Annual report of the Punjab Veterinary College and of the Civil Veterinary Department, Punjab - 1920-1925
Year: 1920
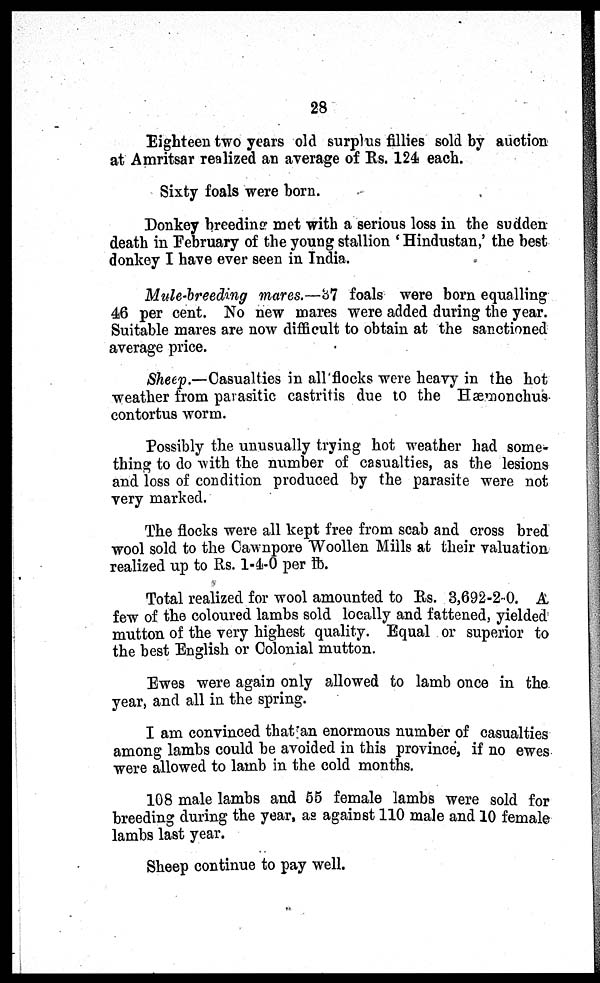
28
Eighteen two years old surplus fillies sold by auction
at Amritsar realized an average of Rs. 124 each.
Sixty foals were born.
Donkey breeding met with a serious loss in the sudden
death in February of the young stallion 'Hindustan,' the best
donkey I have ever seen in India.
Mule-breeding mares.—37 foals were born equalling
46 per cent. No new mares were added during the year.
Suitable mares are now difficult to obtain at the sanctioned
average price.
Sheep.—Casualties in all flocks were heavy in the hot
weather from parasitic castritis due to the Hæmonchus
contortus worm.
Possibly the unusually trying hot weather had some-
thing to do with the number of casualties, as the lesions
and loss of condition produced by the parasite were not
very marked.
The flocks were all kept free from scab and cross bred
wool sold to the Cawnpore Woollen Mills at their valuation
realized up to Rs. 1-4-0 per lb.
Total realized for wool amounted to Rs. 3,692-2 0. A
few of the coloured lambs sold locally and fattened, yielded
mutton of the very highest quality. Equal or superior to
the best English or Colonial mutton.
Ewes were again only allowed to lamb once in the
year, and all in the spring.
I am convinced that an enormous number of casualties
among lambs could be avoided in this province, if no ewes
were allowed to lamb in the cold months.
108 male lambs and 55 female lambs were sold for
breeding during the year, as against 110 male and 10 female
lambs last year.
Sheep continue to pay well.